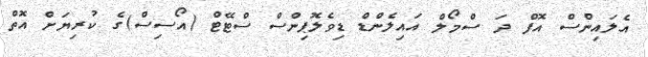
އެލައިންސް އޮފް ދަ ސްމޯލް އައިލެންޑް ޑިވެލޮޕިންސް ސްޓޭޓް (އޯސިސް)ގެ ކުރިޔަށް އޮތް